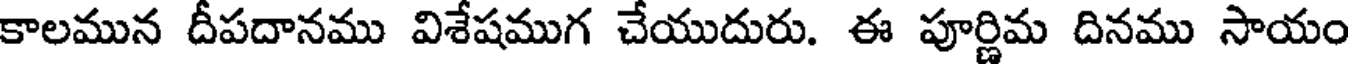
కాలమున దీపదానము విశేషముగ చేయుదురు. ఈ పూర్ణిమ దినము సాయం